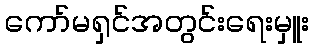
ကော်မရှင်အတွင်းရေးမှူး